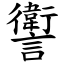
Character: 讆